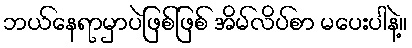
ဘယ်နေရာမှာပဲဖြစ်ဖြစ် အိမ်လိပ်စာ မပေးပါနဲ့။